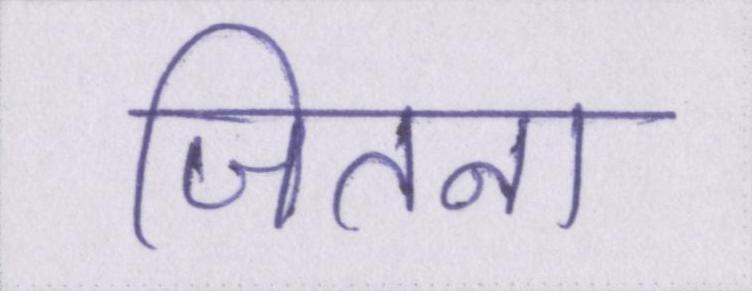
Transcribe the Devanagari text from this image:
जितना